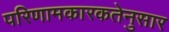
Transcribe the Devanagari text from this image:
परिणामकारकतेनुसार